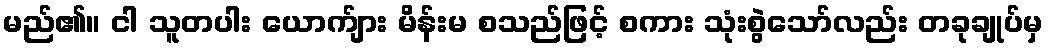
မည်၏။ ငါ သူတပါး ယောက်ျား မိန်းမ စသည်ဖြင့် စကား သုံးစွဲသော်လည်း တခုချုပ်မှ